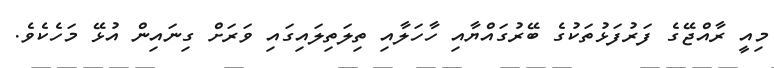
މިއީ ރާއްޖޭގެ ފަރުފަޅުތަކުގެ ބޭރުގައްޔާއި ހާހަލާއި ތިލަތިލައިގައި ވަރަށް ގިނައިން އުޅޭ މަހެކެވެ.